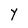
Character: Y